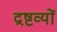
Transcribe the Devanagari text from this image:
द्रष्टव्यों